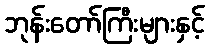
ဘုန်းတော်ကြီးများနှင့်